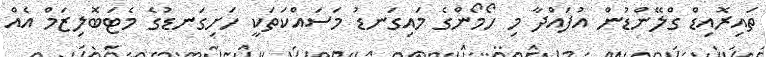
ތައިރޮއިޑް ގްލޭންޑުން އުފައްދާ މި ހޯމޯންގެ މައިގަނޑު މަސައްކަތަކީ ހަށިގަނޑުގެ މެޓަބޮލިޒަމް އެއް